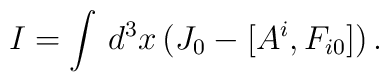
I = \int \, d^3x \, (J_{0} - [A^{i},F_{i0}]) \, .